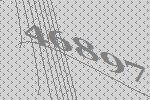
46897